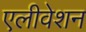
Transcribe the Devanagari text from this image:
एलीवेशन